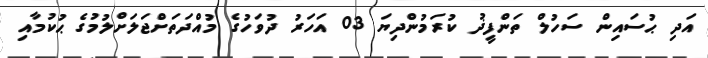
އަދި ޙުސައިން ސަހުލް ތަންފީޛު ކުރަމުންދިޔަ 03 އަހަރު ދުވަހުގެ މުއްދަތަށްޖަލަށްލުމުގެ ޙުކުމާއި